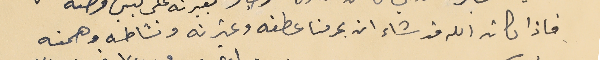
فاذا كان الله قد شاء ان يحرمنا عطفه وغيرته ونشاطه وهمته